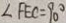
\angle F E C = 9 0 ^ { \circ }